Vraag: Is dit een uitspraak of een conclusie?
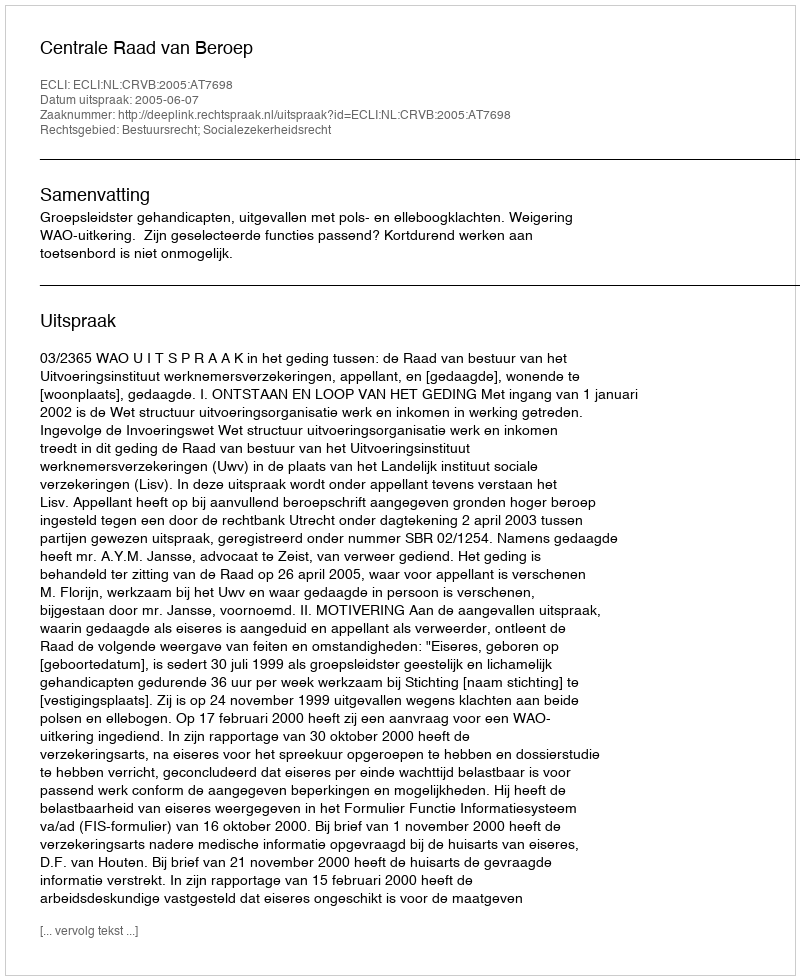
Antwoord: Uitspraak